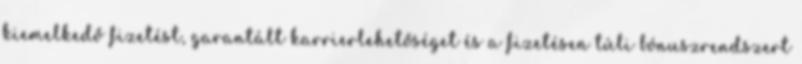
kiemelkedő fizetést, garantált karrierlehetőséget és a fizetésen túli bónuszrendszert